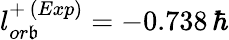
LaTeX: l_{or\mathfrak{b}}^{+\, (Exp)}=-0.738\, \hbar